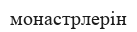
монастрлерін